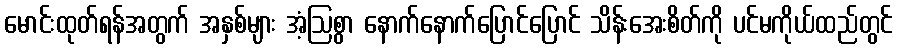
မောင်းထုတ်ရန်အတွက် အနှစ်များ အံ့ဩစွာ နောက်နောက်ပြောင်ပြောင် သိန်းအေးစိတ်ကို ပင်မကိုယ်ထည်တွင်